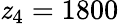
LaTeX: \mathit{z}_{4}=1800